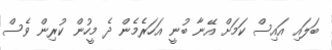
ބަލައި އައިސް ކަމަށް އޭނާ ބުނީ އަހަރެމެން ދެ މީހުން ކުރިން ވެސް